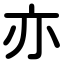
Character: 亦